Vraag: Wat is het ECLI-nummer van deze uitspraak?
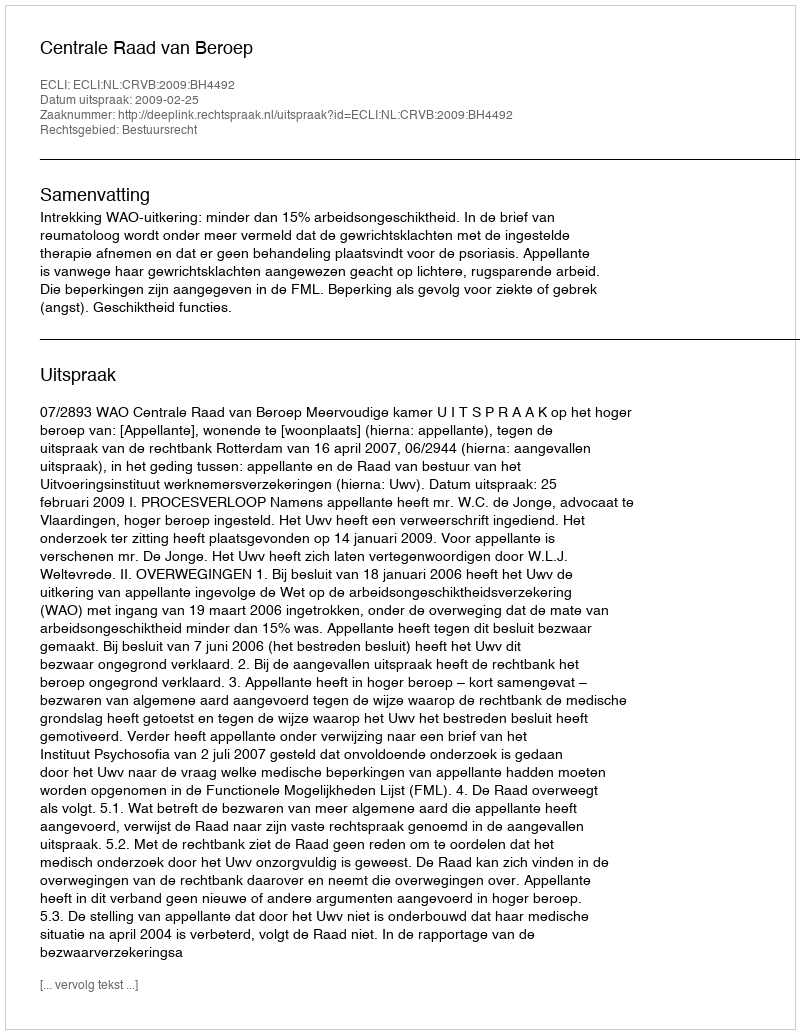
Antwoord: ECLI:NL:CRVB:2009:BH4492